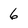
Character: 6